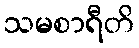
သမစာရီတိ